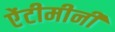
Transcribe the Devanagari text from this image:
ऐंटीमीनी